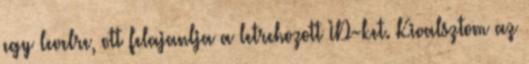
egy levelre, ott felajanlja a letrehozott ID-ket. Kivalsztom az